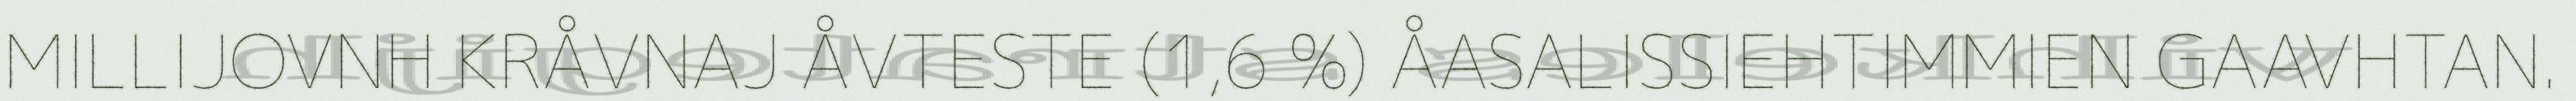
MILLIJOVNH KRÅVNAJ ÅVTESTE (1,6 %) ÅASALISSIEHTIMMIEN GAAVHTAN.